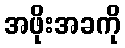
အဖိုးအခကို